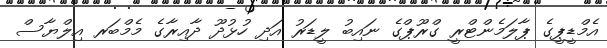
އެމްޑީޕީގެ ޕާލަމެންޓްރީ ގްރޫޕްގެ ނައިބު ލީޑަރު އަދި ހުޅުދޫ ދާއިރާގެ މެމްބަރ އިލްޔާސް